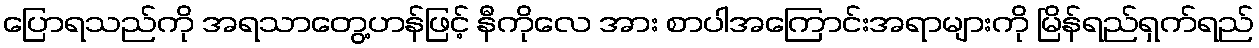
ပြောရသည်ကို အရသာတွေ့ဟန်ဖြင့် နီကိုလေ အား စာပါအကြောင်းအရာများကို မြိန်ရည်ရှက်ရည်